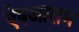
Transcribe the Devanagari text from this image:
ऐषआराम